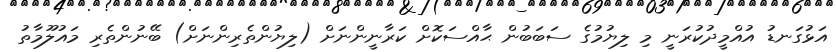
އަޅުގަނޑު އުއްމީދުކުރަނީ މި ލިޔުމުގެ ސަބަބުން ޙާއްސަކޮށް ކަރާނީންނަށް (ލިޔުންތެރިންނަށް) ބޭނުންތެރި މައުލޫމާތު